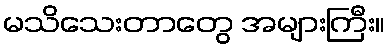
မသိသေးတာတွေ အများကြီး။